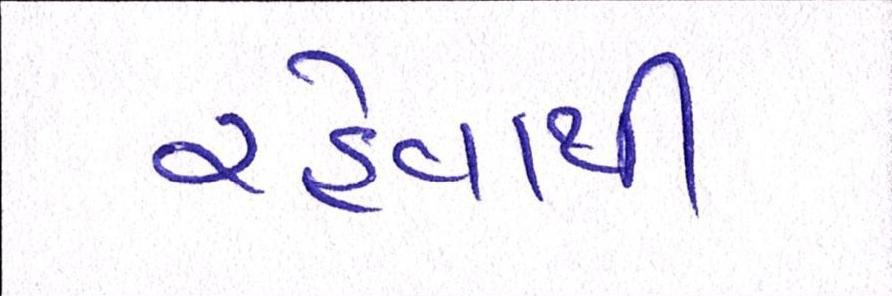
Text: રહેવાથી